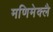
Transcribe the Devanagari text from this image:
मणिमेक्लै